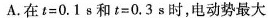
A.在t=0.1 s和t=0.3 s时，电动势最大